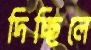
দিচ্ছিলে